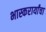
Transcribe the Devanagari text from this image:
भास्करार्यांचा